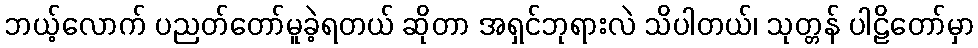
ဘယ့်လောက် ပညတ်တော်မူခဲ့ရတယ် ဆိုတာ အရှင်ဘုရားလဲ သိပါတယ်၊ သုတ္တန် ပါဠိတော်မှာ